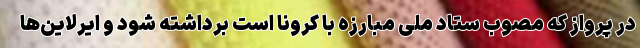
در پرواز که مصوب ستاد ملی مبارزه با کرونا است برداشته شود و ایرلاین‌ها